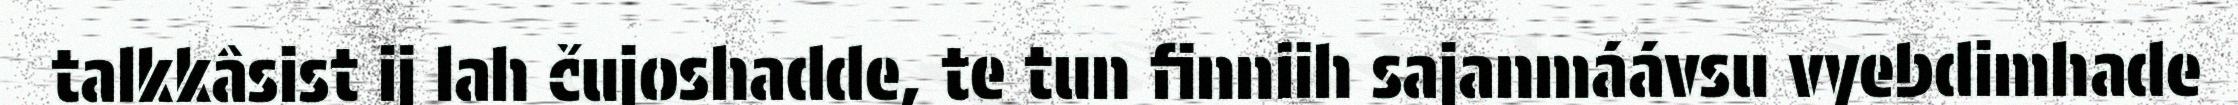
talkkâsist ij lah čujoshadde, te tun finniih sajanmáávsu vyebdimhade